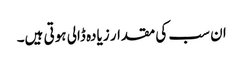
ان سب کی مقدار زیادہ ڈالی ہوتی ہیں۔